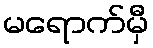
မရောက်မှီ